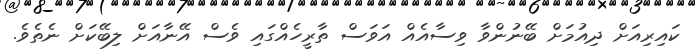
ކައިރިއަށް ދިއުމަށް ބޭނުންވާ ވިސާއެއް އަވަސް ތާރީހެއްގައި ވެސް އޭނާއަށް ލިބޭކަށް ނެތެވެ.